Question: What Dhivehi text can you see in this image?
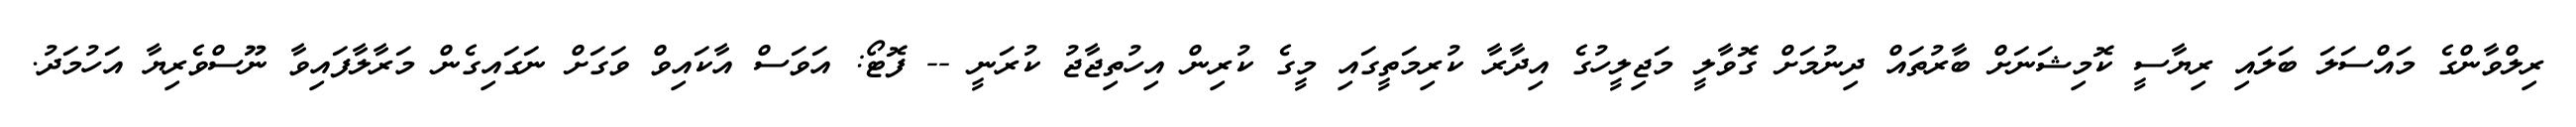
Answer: ރިލްވާންގެ މައްސަލަ ބަލައި ރިޔާސީ ކޮމިޝަނަށް ބާރުތައް ދިނުމަށް ގޮވާލީ މަޖިލީހުގެ އިދާރާ ކުރިމަތީގައި މީގެ ކުރިން އިހުތިޖާޖު ކުރަނީ -- ފޮޓޯ: އަވަސް އާކައިވް ވަގަށް ނަގައިގެން މަރާލާފައިވާ ނޫސްވެރިޔާ އަހުމަދު.